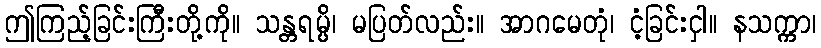
ဤကြည့်ခြင်းကြီးတို့ကို။ သန္တရမ္ပိ၊ မပြတ်လည်း။ အာဂမေတုံ၊ ငံ့ခြင်းငှါ။ နသက္ကာ၊